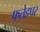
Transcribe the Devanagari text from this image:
फतेहपर